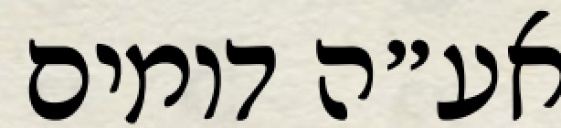
אע״ה דומים